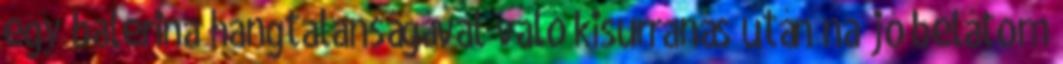
egy balerina hangtalanságával való kisurranás után na jó belátom